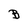
Character: B